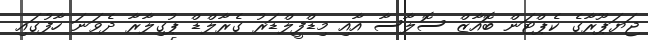
ޖަޔަޕޫރާގެ ކެޕްޓަން ބޮއާޒް ސޮލާސާ އާއި މިޑްފީލްޑަރު ގެރާލްޑް ޕުގިލާރާ ދެވަނަ ހާފުގައި